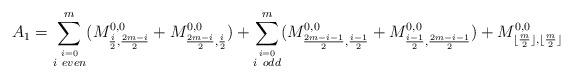
LaTeX: \begin{align*}A_1=\sum^m_{\stackrel{i=0}{i\ even}}(M^{0,0}_{\frac{i}{2},\frac{2m-i}{2}}+M^{0,0}_{\frac{2m-i}{2},\frac{i}{2}})+\sum^m_{\stackrel{i=0}{i\ odd}}(M^{0,0}_{\frac{2m-i-1}{2},\frac{i-1}{2}}+M^{0,0}_{\frac{i-1}{2},\frac{2m-i-1}{2}})+M^{0,0}_{\lfloor\frac{m}{2}\rfloor,\lfloor\frac{m}{2}\rfloor}\end{align*}